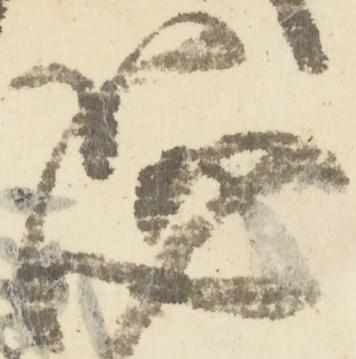
恐